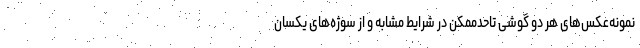
نمونه‌عکس‌های هر دو گوشی تاحدممکن در شرایط مشابه و از سوژه‌های یکسان